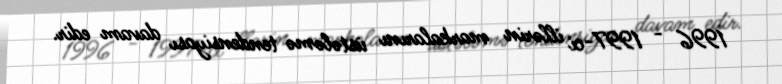
1996 - 1997-ci illərin markalarını üstələmə tendensiyası davam edir.